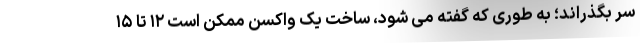
سر بگذراند؛ به طوری که گفته می شود، ساخت یک واکسن ممکن است ۱۲ تا ۱۵